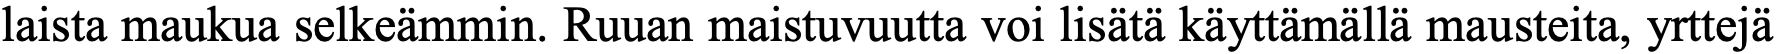
laista maukua selkeämmin. Ruuan maistuvuutta voi lisätä käyttämällä mausteita, yrttejä